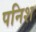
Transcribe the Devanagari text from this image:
पनिश